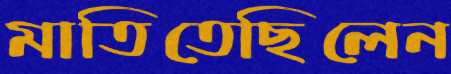
মাতিতেছিলেন